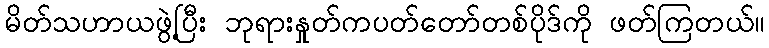
မိတ်သဟာယဖွဲ့ပြီး ဘုရားနှုတ်ကပတ်တော်တစ်ပိုဒ်ကို ဖတ်ကြတယ်။